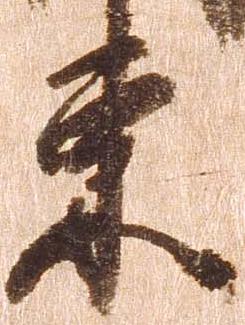
東